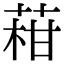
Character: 𦴑